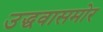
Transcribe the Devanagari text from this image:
उद्धवासमोर